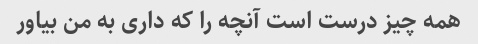
همه چیز درست است آنچه را که داری به من بیاور